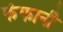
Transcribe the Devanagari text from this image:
फंफानी